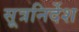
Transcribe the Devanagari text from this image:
सूत्रनिर्देश